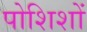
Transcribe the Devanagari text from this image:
पोशिशों